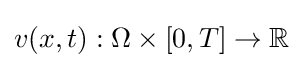
v(x,t):\Omega \times [0,T]\to \mathbb {R}